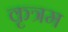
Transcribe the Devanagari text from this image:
कृत्रम